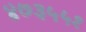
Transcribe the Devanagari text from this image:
४७३५५१